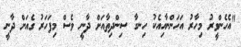
"އެހެންވީރު މިހާރު އަހަންނާއިއެކު ހިނގާ ސިންދިތާއަށް ދާނީ ވެސް މިފަހަރު ގެއަށް ދާނީ